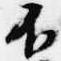
不